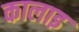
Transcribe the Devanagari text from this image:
कालाइ